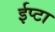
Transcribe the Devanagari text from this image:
ईप्टा